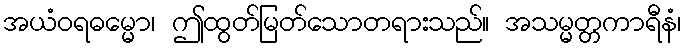
အယံဝရဓမ္မော၊ ဤထွတ်မြတ်သောတရားသည်။ အသမ္မတ္တကာရီနံ၊